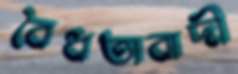
বৈধতাবাদী